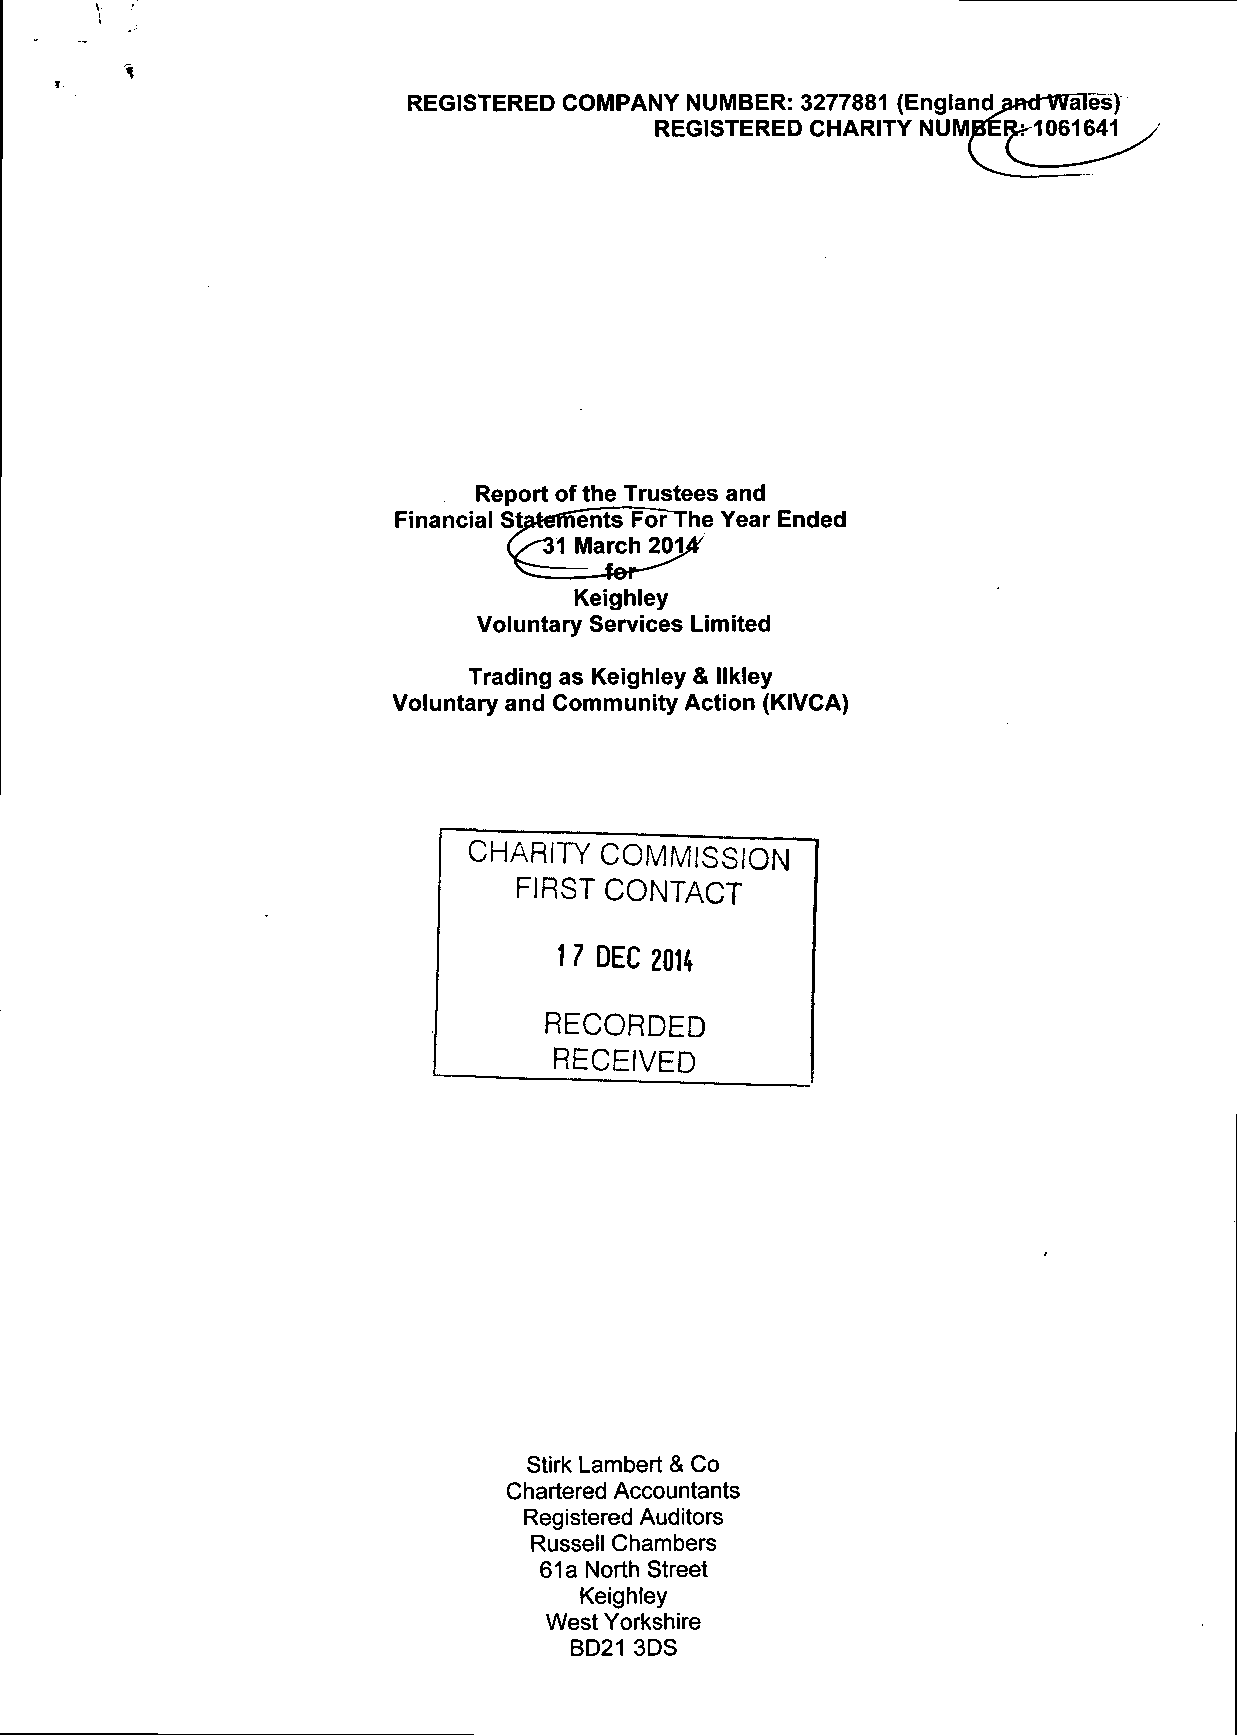
REGISTERED COMPANY NUMBER: 3277881 (England
 REGISTERED CHARITY NUM
 Report of the Trustees and
 Financial Statefnehts ForThe Year Ended
 6^31 March 20t4/
 Keighley
 Voluntary Services Limited
 Trading as Keighley & llkley
 Voluntary and Community Action (KIVCA)
 CHARITY  COMMISSION
 FIRST CONTACT
 t 7 DEC 2014
 RECORDED
 RECEIVED
 Stirk Lambert & Co
 Chartered Accountants
 Registered Auditors
 Russell Chambers
 61a North Street
 Keighley
 West Yorkshire
 BD21 3DS